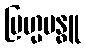
ဗြဟ္မဗန္ဓူ